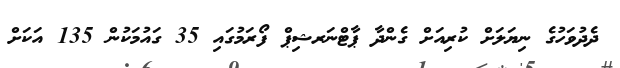
ދެދުވަހުގެ ނިޔަލަށް ކުރިއަށް ގެންދާ ޕާޓްނަރޝިޕް ފޯރަމުގައި 35 ގައުމަކުން 135 އަކަށް